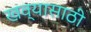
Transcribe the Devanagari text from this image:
खव्यासाठी